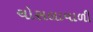
ચોસલાવાળી